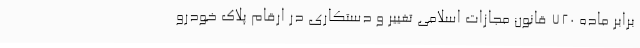
برابر ماده ۷۲۰ قانون مجازات اسلامی تغییر و دستکاری در ارقام پلاک خودرو